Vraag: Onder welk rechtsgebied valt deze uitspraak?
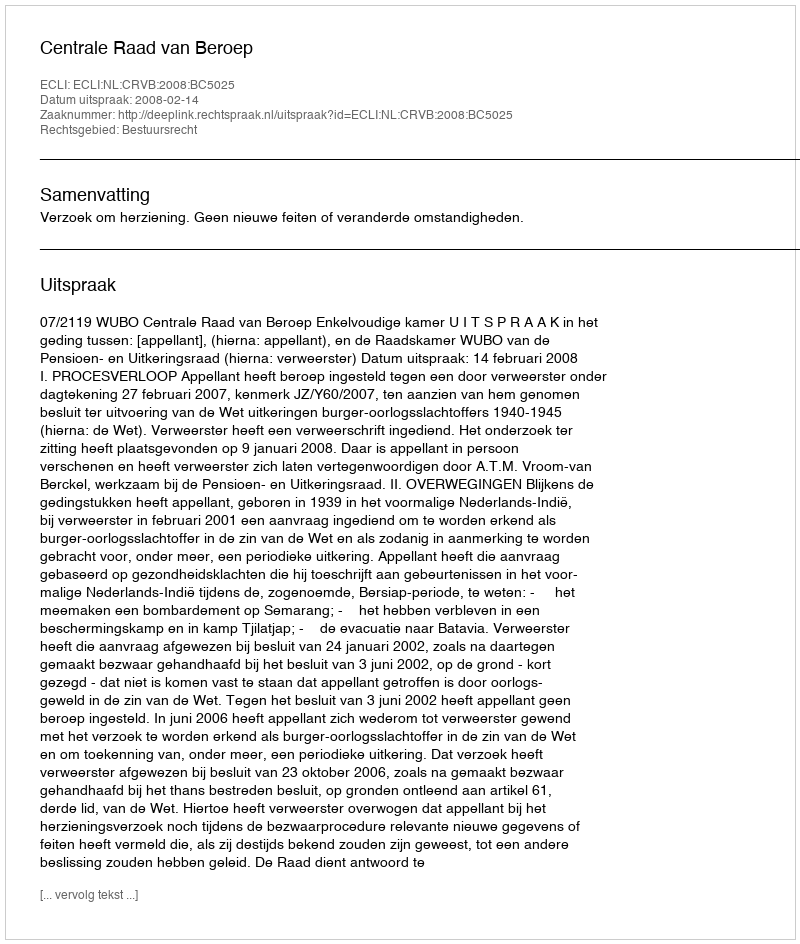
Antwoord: Bestuursrecht